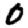
Digit: 0